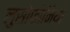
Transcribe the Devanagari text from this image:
लुसोफोनिया